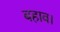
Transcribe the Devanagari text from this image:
बहाव।